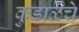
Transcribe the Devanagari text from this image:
कुडाळचे